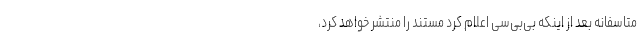
متاسفانه بعد از اینکه بی‌بی‌سی اعلام کرد مستند را منتشر خواهد کرد،